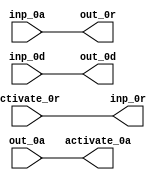
module BrzFetch_16_s5_false (
  activate_0r, activate_0a,
  inp_0r, inp_0a, inp_0d,
  out_0r, out_0a, out_0d
);
  input activate_0r;
  output activate_0a;
  output inp_0r;
  input inp_0a;
  input [15:0] inp_0d;
  output out_0r;
  input out_0a;
  output [15:0] out_0d;
  assign activate_0a = out_0a;
  assign out_0r = inp_0a;
  assign inp_0r = activate_0r;
  assign out_0d[0] = inp_0d[0];
  assign out_0d[1] = inp_0d[1];
  assign out_0d[2] = inp_0d[2];
  assign out_0d[3] = inp_0d[3];
  assign out_0d[4] = inp_0d[4];
  assign out_0d[5] = inp_0d[5];
  assign out_0d[6] = inp_0d[6];
  assign out_0d[7] = inp_0d[7];
  assign out_0d[8] = inp_0d[8];
  assign out_0d[9] = inp_0d[9];
  assign out_0d[10] = inp_0d[10];
  assign out_0d[11] = inp_0d[11];
  assign out_0d[12] = inp_0d[12];
  assign out_0d[13] = inp_0d[13];
  assign out_0d[14] = inp_0d[14];
  assign out_0d[15] = inp_0d[15];
endmodule